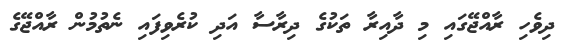
ދިވެހި ރާއްޖޭގައި މި ދާއިރާ ތަކުގެ ދިރާސާ އަދި ކުރެވިފައި ނެތުމުން ރާއްޖޭގެ